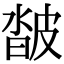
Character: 𤿽